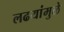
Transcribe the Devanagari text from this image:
लढयांमुळे